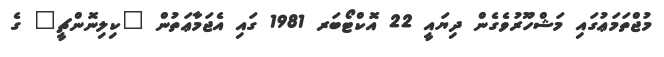
މުޖްތަމަޢުގައި މަޝްހޫރުވެގެން ދިޔައީ 22 އޮކްޓޯބަރ 1981 ގައި އެޖަމާޢަތުން "ކިލިނޮންޗީ" ގެ